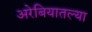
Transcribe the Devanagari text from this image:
अरेबियातल्या